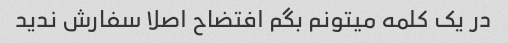
در یک کلمه میتونم بگم افتضاح اصلا سفارش ندید